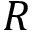
R